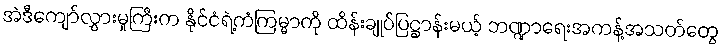
အဲဒီကျော်လွှားမှုကြီးက နိုင်ငံရဲ့ကံကြမ္မာကို ထိန်းချုပ်ပြဋ္ဌာန်းမယ့် ဘဏ္ဍာရေးအကန့်အသတ်တွေ